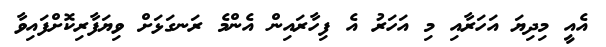
އެއީ މިދިޔަ އަހަރާއި މި އަހަރު އެ ފިހާރައިން އެންމެ ރަނގަޅަށް ވިޔަފާރިކޮށްފައިވާ